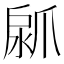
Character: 𤔚